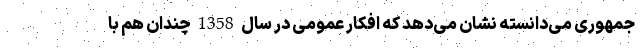
جمهوری می‌دانسته نشان می‌دهد که افکار عمومی در سال 1358 چندان هم با